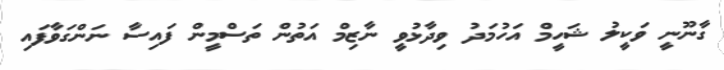
ގާނޫނީ ވަކީލު ޝަހީމް އަހުމަދު ވިދާޅުވީ ނާޒިމް އަތުން ތަސްމީން ފައިސާ ނަންގަވާފައި